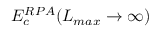
E _ { c } ^ { R P A } ( L _ { m a x } \rightarrow { \infty } )